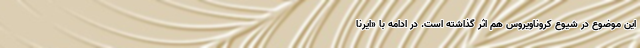
این موضوع در شیوع کروناویروس هم اثر گذاشته است. در ادامه با «ایرنا